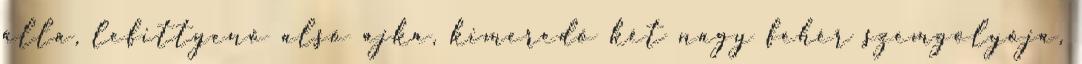
álla, lefittyenő alsó ajka, kimeredő két nagy fehér szemgolyója,